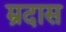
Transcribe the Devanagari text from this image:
म्रदास